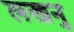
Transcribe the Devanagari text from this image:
लखनु